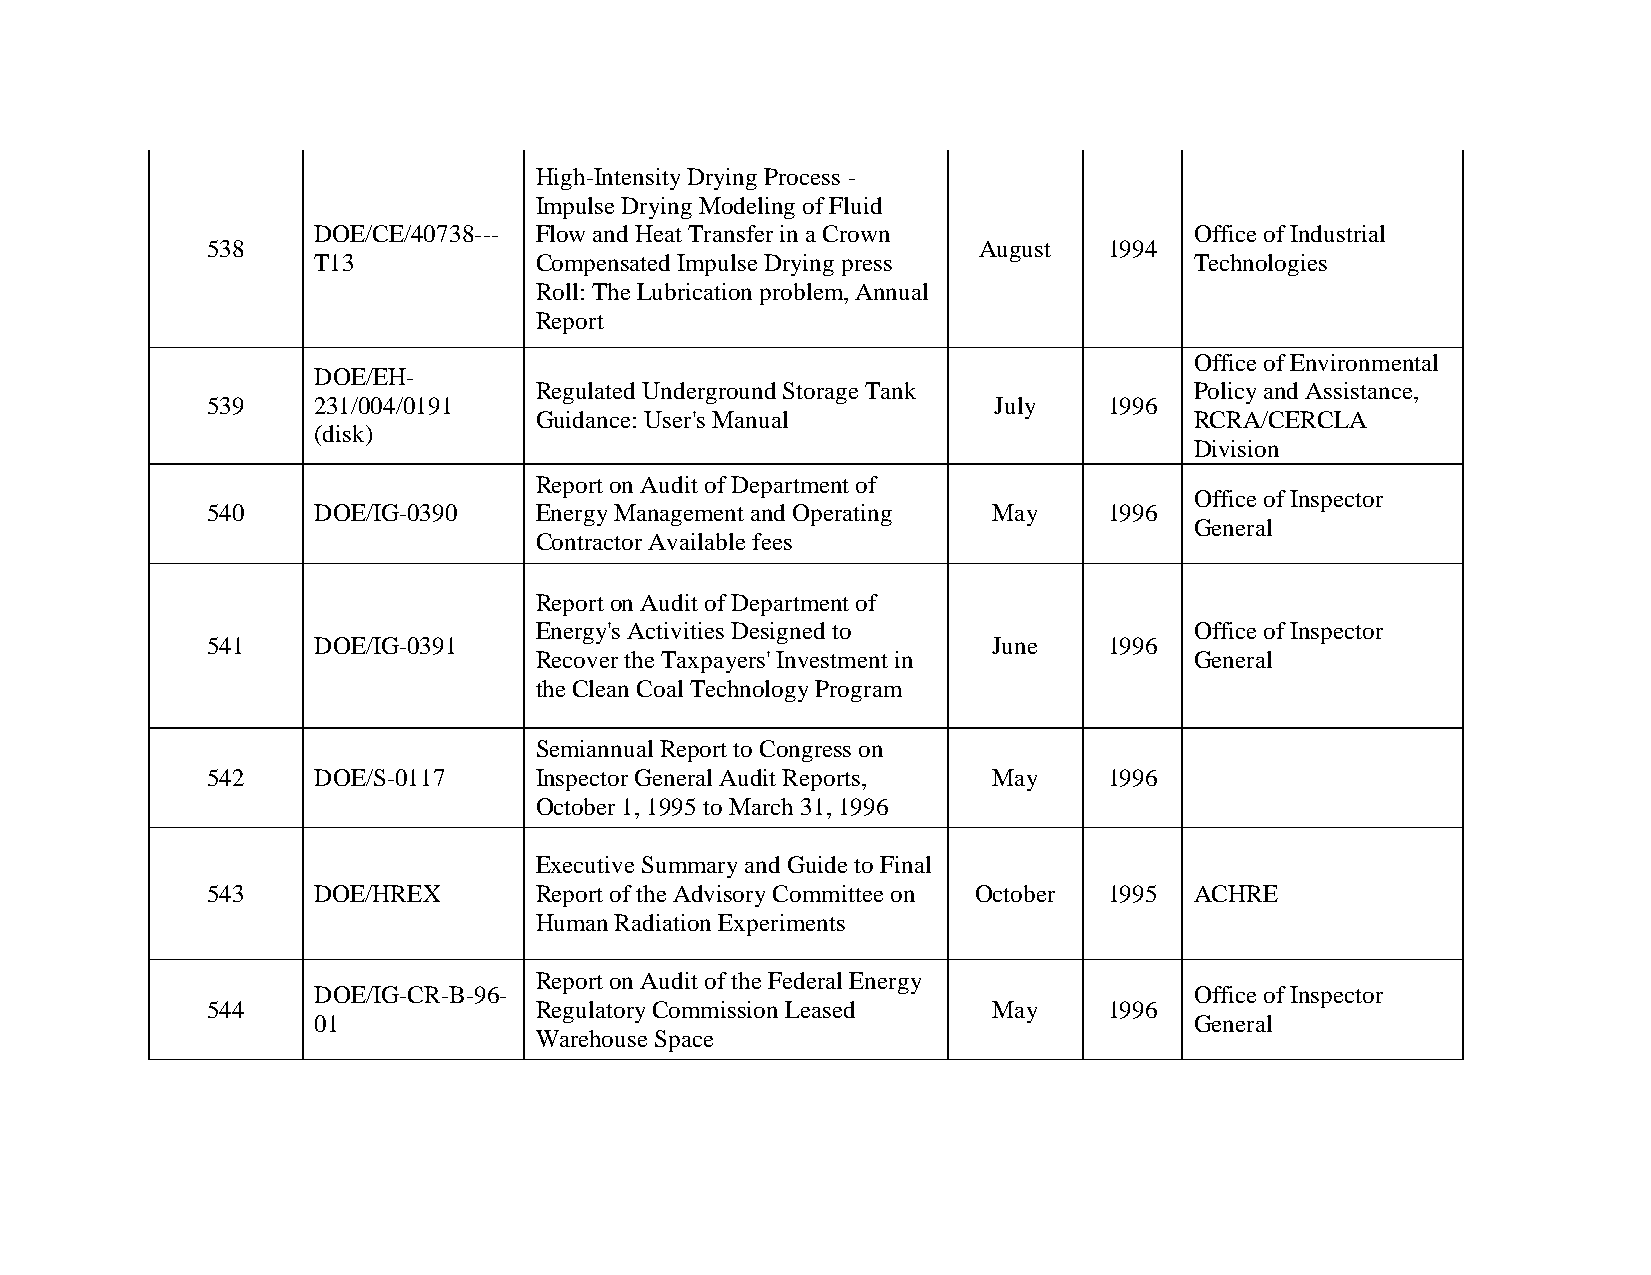
High-Intensity Drying Process -
 Impulse Drying Modeling of Fluid
 DOE/CE/40738--- Flow and Heat Transfer in a Crown         Office of Industrial
 538                                                August  1994
 T13           Compensated Impulse Drying press            Technologies
 Roll: The Lubrication problem, Annual
 Report
 Office of Environmental
 DOE/EH-
 Regulated Underground Storage Tank          Policy and Assistance,
 539    231/004/0191                                 July   1996
 Guidance: User's Manual                     RCRA/CERCLA
 (disk)
 Division
 Report on Audit of Department of
 Office of Inspector
 540    DOE/IG-0390   Energy Management and Operating May   1996
 General
 Contractor Available fees
 Report on Audit of Department of
 Energy's Activities Designed to             Office of Inspector
 541    DOE/IG-0391                                  June   1996
 Recover the Taxpayers' Investment in        General
 the Clean Coal Technology Program
 Semiannual Report to Congress on
 542    DOE/S-0117    Inspector General Audit Reports, May  1996
 October 1, 1995 to March 31, 1996
 Executive Summary and Guide to Final
 543    DOE/HREX      Report of the Advisory Committee on October 1995 ACHRE
 Human Radiation Experiments
 Report on Audit of the Federal Energy
 DOE/IG-CR-B-96-                                           Office of Inspector
 544                  Regulatory Commission Leased   May    1996
 01                                                        General
 Warehouse Space